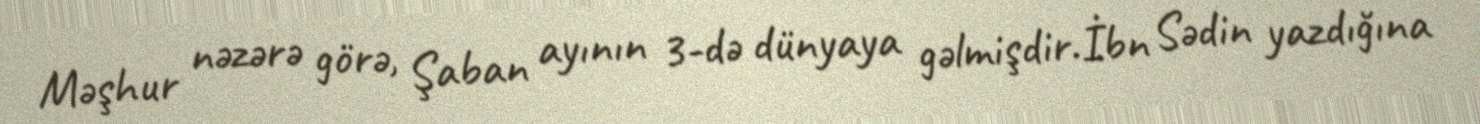
Məşhur nəzərə görə, Şaban ayının 3-də dünyaya gəlmişdir.İbn Sədin yazdığına